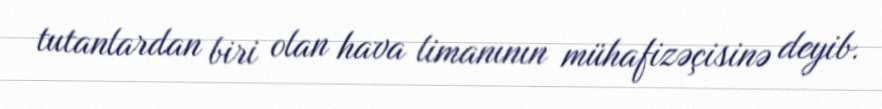
tutanlardan biri olan hava limanının mühafizəçisinə deyib.